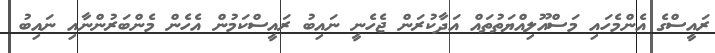
ރައީސްގެ އެންމެހައި މަސްއޫލިއްޔަތުތައް އަދާކުރަން ޖެހެނީ ނައިބު ރައީސްކަމުން އެހެން މެންބަރުންނާއި ނައިބު